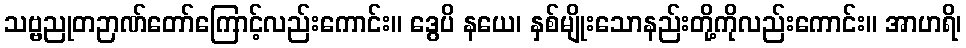
သဗ္ဗညုတဉာဏ်တော်ကြောင့်လည်းကောင်း။ ဒွေပိ နယေ၊ နှစ်မျိုးသောနည်းတို့ကိုလည်းကောင်း။ အာဟရိ၊